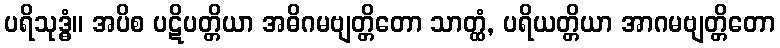
ပရိသုဒ္ဓံ။ အပိစ ပဋိပတ္တိယာ အဓိဂမဗျတ္တိတော သာတ္ထံ, ပရိယတ္တိယာ အာဂမဗျတ္တိတော